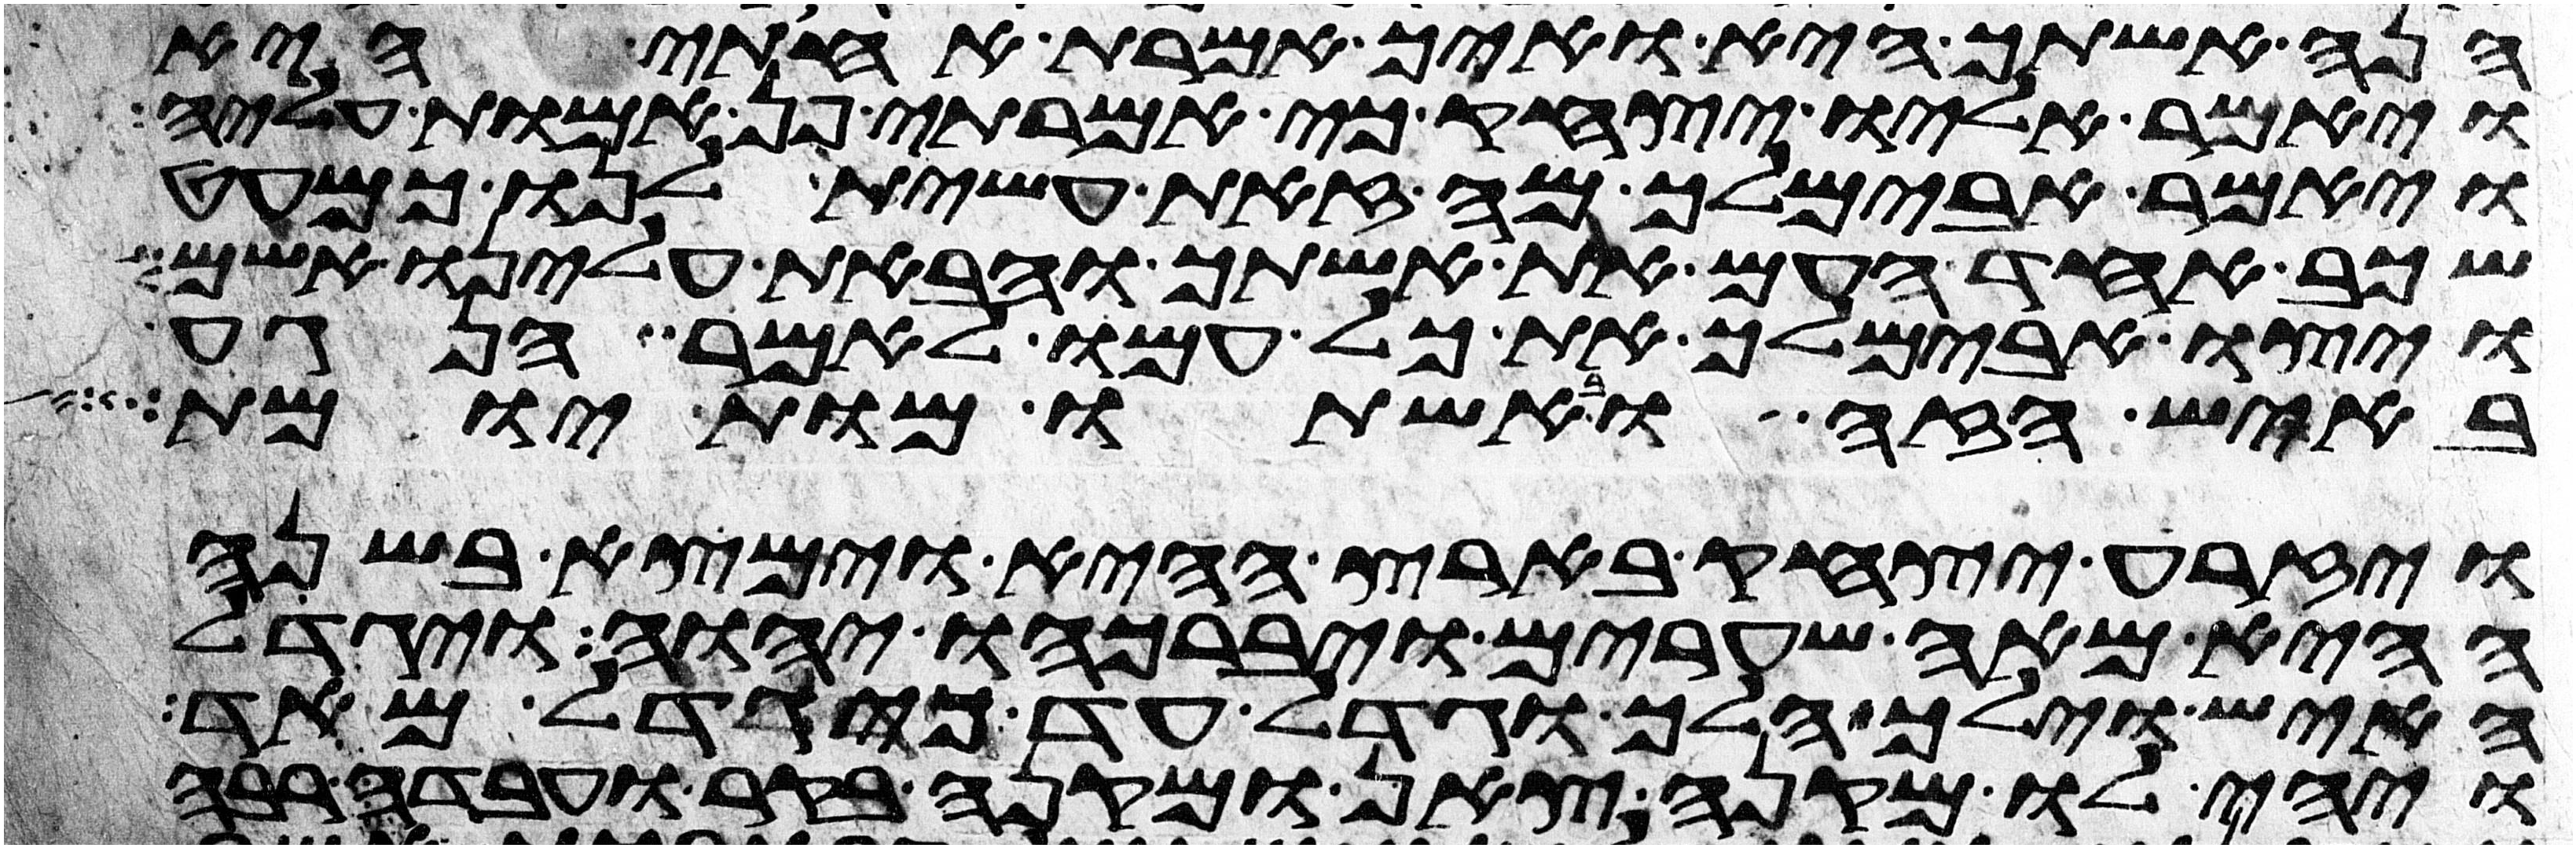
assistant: הנה אשתך היא ואיך אמרת אחותי היא
ויאמר אליו יצחק כי אמרתי פן אמות עליה
ויאמר אבימלך מה זאת עשית לנו כמעט
שכב אחד העם את אשתך והבאת עלינו אשם
ויצו אבימלך את כל עמו לאמר הנגע
באיש הזה ובאשתו מות יומת
ויזרע יצחק בארץ ההיא וימצא בשנה
ההיא מאה שערים ויברכהו יהוה ויגדל
האיש וילך הלך וגדל עד כי גדל מאד
ויהי לו מקנה צאן ומקנה בקר ועבדה רבה